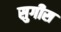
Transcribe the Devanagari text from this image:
सुगीस